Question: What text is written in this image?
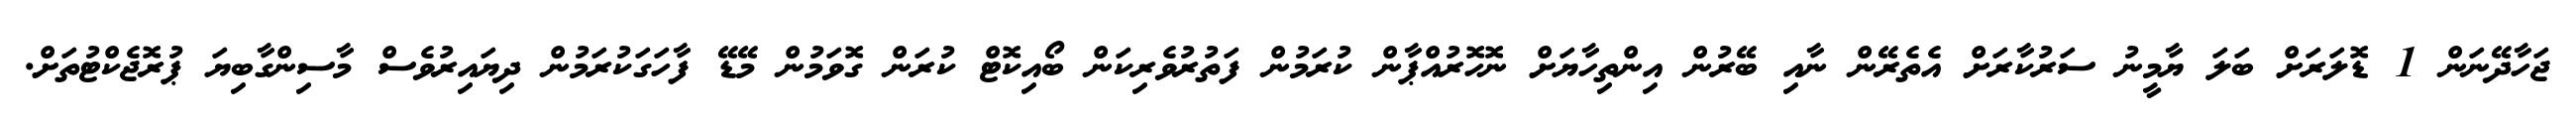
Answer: ޖަހާދޭނަން 1 ޑޮލަރަށް ބަލަ ޔާމީނު ސަރުކާރަށް އެތެރޭން ނާއި ބޭރުން އިންތިހާޔަށް ނޮހޮރުއްޕާން ކުރަމުން ފަތުރުވެރިކަން ބޯއިކޮޓް ކުރަން ގޮވަމުން މޭޑޭ ފާހަގަކުރަމުން ދިޔައިރުވެސް މާސިންގާބިޔަ ޕުރޮޖެކްޓުތަށް.